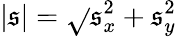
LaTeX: |\mathfrak{s}|=\sqrt{}{{\mathfrak{s}_{x}^{2}+\mathfrak{s}_{y}^{2}}}